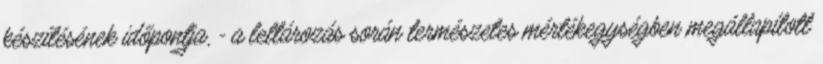
készítésének időpontja, - a leltározás során természetes mértékegységben megállapított